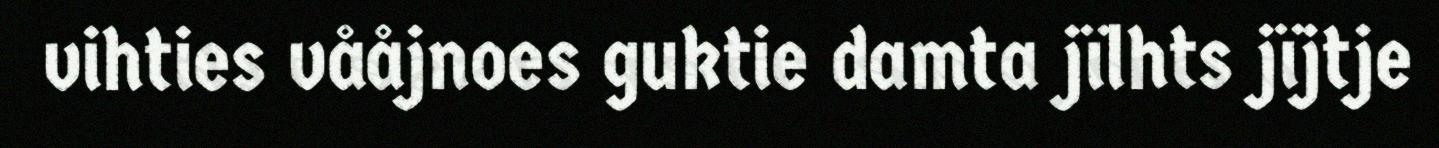
vihties vååjnoes guktie damta jïlhts jïjtje